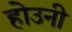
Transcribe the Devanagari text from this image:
होउनी